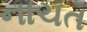
નાચત